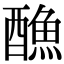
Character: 𨢭